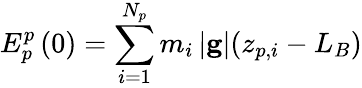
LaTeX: E_{p}^{p}\left(0\right)=\sum_{i=1}^{N_{p}}m_{i}\left|\mathbf{g}\right|(z_{p,i}-L_{B})